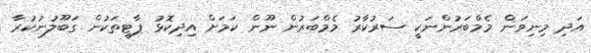
އަދި މިނިވަން މެމްބަރުންނަކީ ސަރުކާރު މެމްބަރުން ނޫން ކަމަށް އިދިކޮޅު ޕާޓީތަކުން ގަބޫލުނުކުރާ